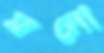
মনো